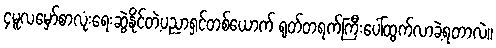
၄မူလမှော်စာလုံးရေးဆွဲနိုင်တဲ့ပညာရှင်တစ်ယောက် ရုတ်တရက်ကြီးပေါ်ထွက်လာခဲ့ရတာလဲ။